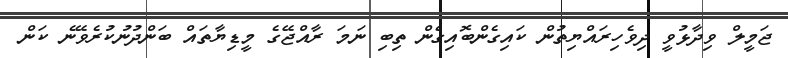
ޖަމީލް ވިދާޅުވީ ދިވެހިރައްޔިތުން ކައިގެންބޮއިގެން ތިބި ނަމަ ރާއްޖޭގެ މީޑިޔާތަައް ބަންދުނުކުރެވޭނެެ ކަން